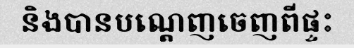
និងបានបណ្តេញចេញពីផ្ទះ